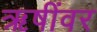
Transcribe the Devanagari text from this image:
ऋषींवर